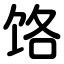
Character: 饹